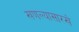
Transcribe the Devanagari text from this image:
खणल्यासारखे